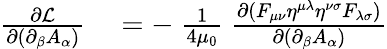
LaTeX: \begin{array}{rl}{{\frac{\partial{\mathcal{L}}}{\partial(\partial_{\beta}A_{\alpha})}}}&{{}=-\ {\frac{1}{4\mu_{0}}}\ {\frac{\partial(F_{\mu\nu}\eta^{\mu\lambda}\eta^{\nu\sigma}F_{\lambda\sigma})}{\partial(\partial_{\beta}A_{\alpha})}}}\end{array}